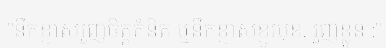
"នឹកខ្មាសរួញចិត្តគំនិត ឬនឹកខ្មាសខ្មូរមុខ, រួញខ្លួន :"